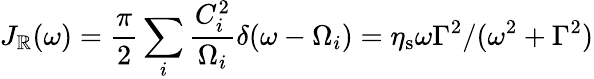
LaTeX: J_{\mathbb{R}}(\omega)=\frac{{\pi}}{{2}}\sum_{i}\frac{{C_{i}^{2}}}{{\Omega_{i}}}\delta(\omega-\Omega_{i})=\eta_{\mathrm{{s}}}\omega\Gamma^{2}/(\omega^{2}+\Gamma^{2})